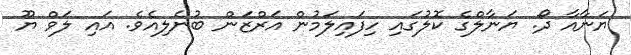
ޔަނާއާ ދޯ. ޔަނާލްގެ ކޮލުގައި ހިފައިލަމުން އަރްޒަން ބުނެލިއެވެ. އައި ލަވް ޔޫ